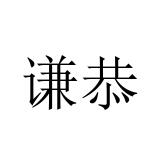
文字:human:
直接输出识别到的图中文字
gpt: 谦恭